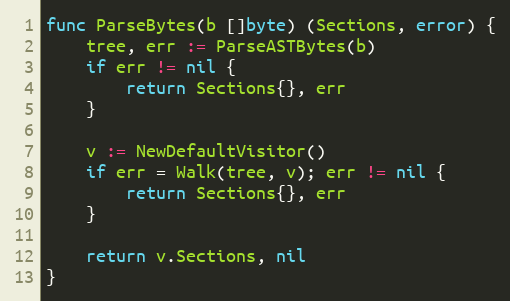
Language: Go
func ParseBytes(b []byte) (Sections, error) {
	tree, err := ParseASTBytes(b)
	if err != nil {
		return Sections{}, err
	}

	v := NewDefaultVisitor()
	if err = Walk(tree, v); err != nil {
		return Sections{}, err
	}

	return v.Sections, nil
}